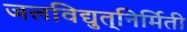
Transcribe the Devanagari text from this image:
जलविद्युत्‌निर्मिती